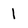
Character: l